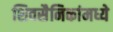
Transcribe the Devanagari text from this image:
शिवसैनिकांमध्ये